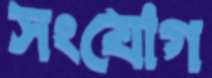
সংযোগ